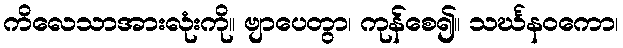
ကိလေသာအားလုံးကို။ ဗျာပေတွာ၊ ကုန်စေ၍။ သင်္ဃနဝကော၊